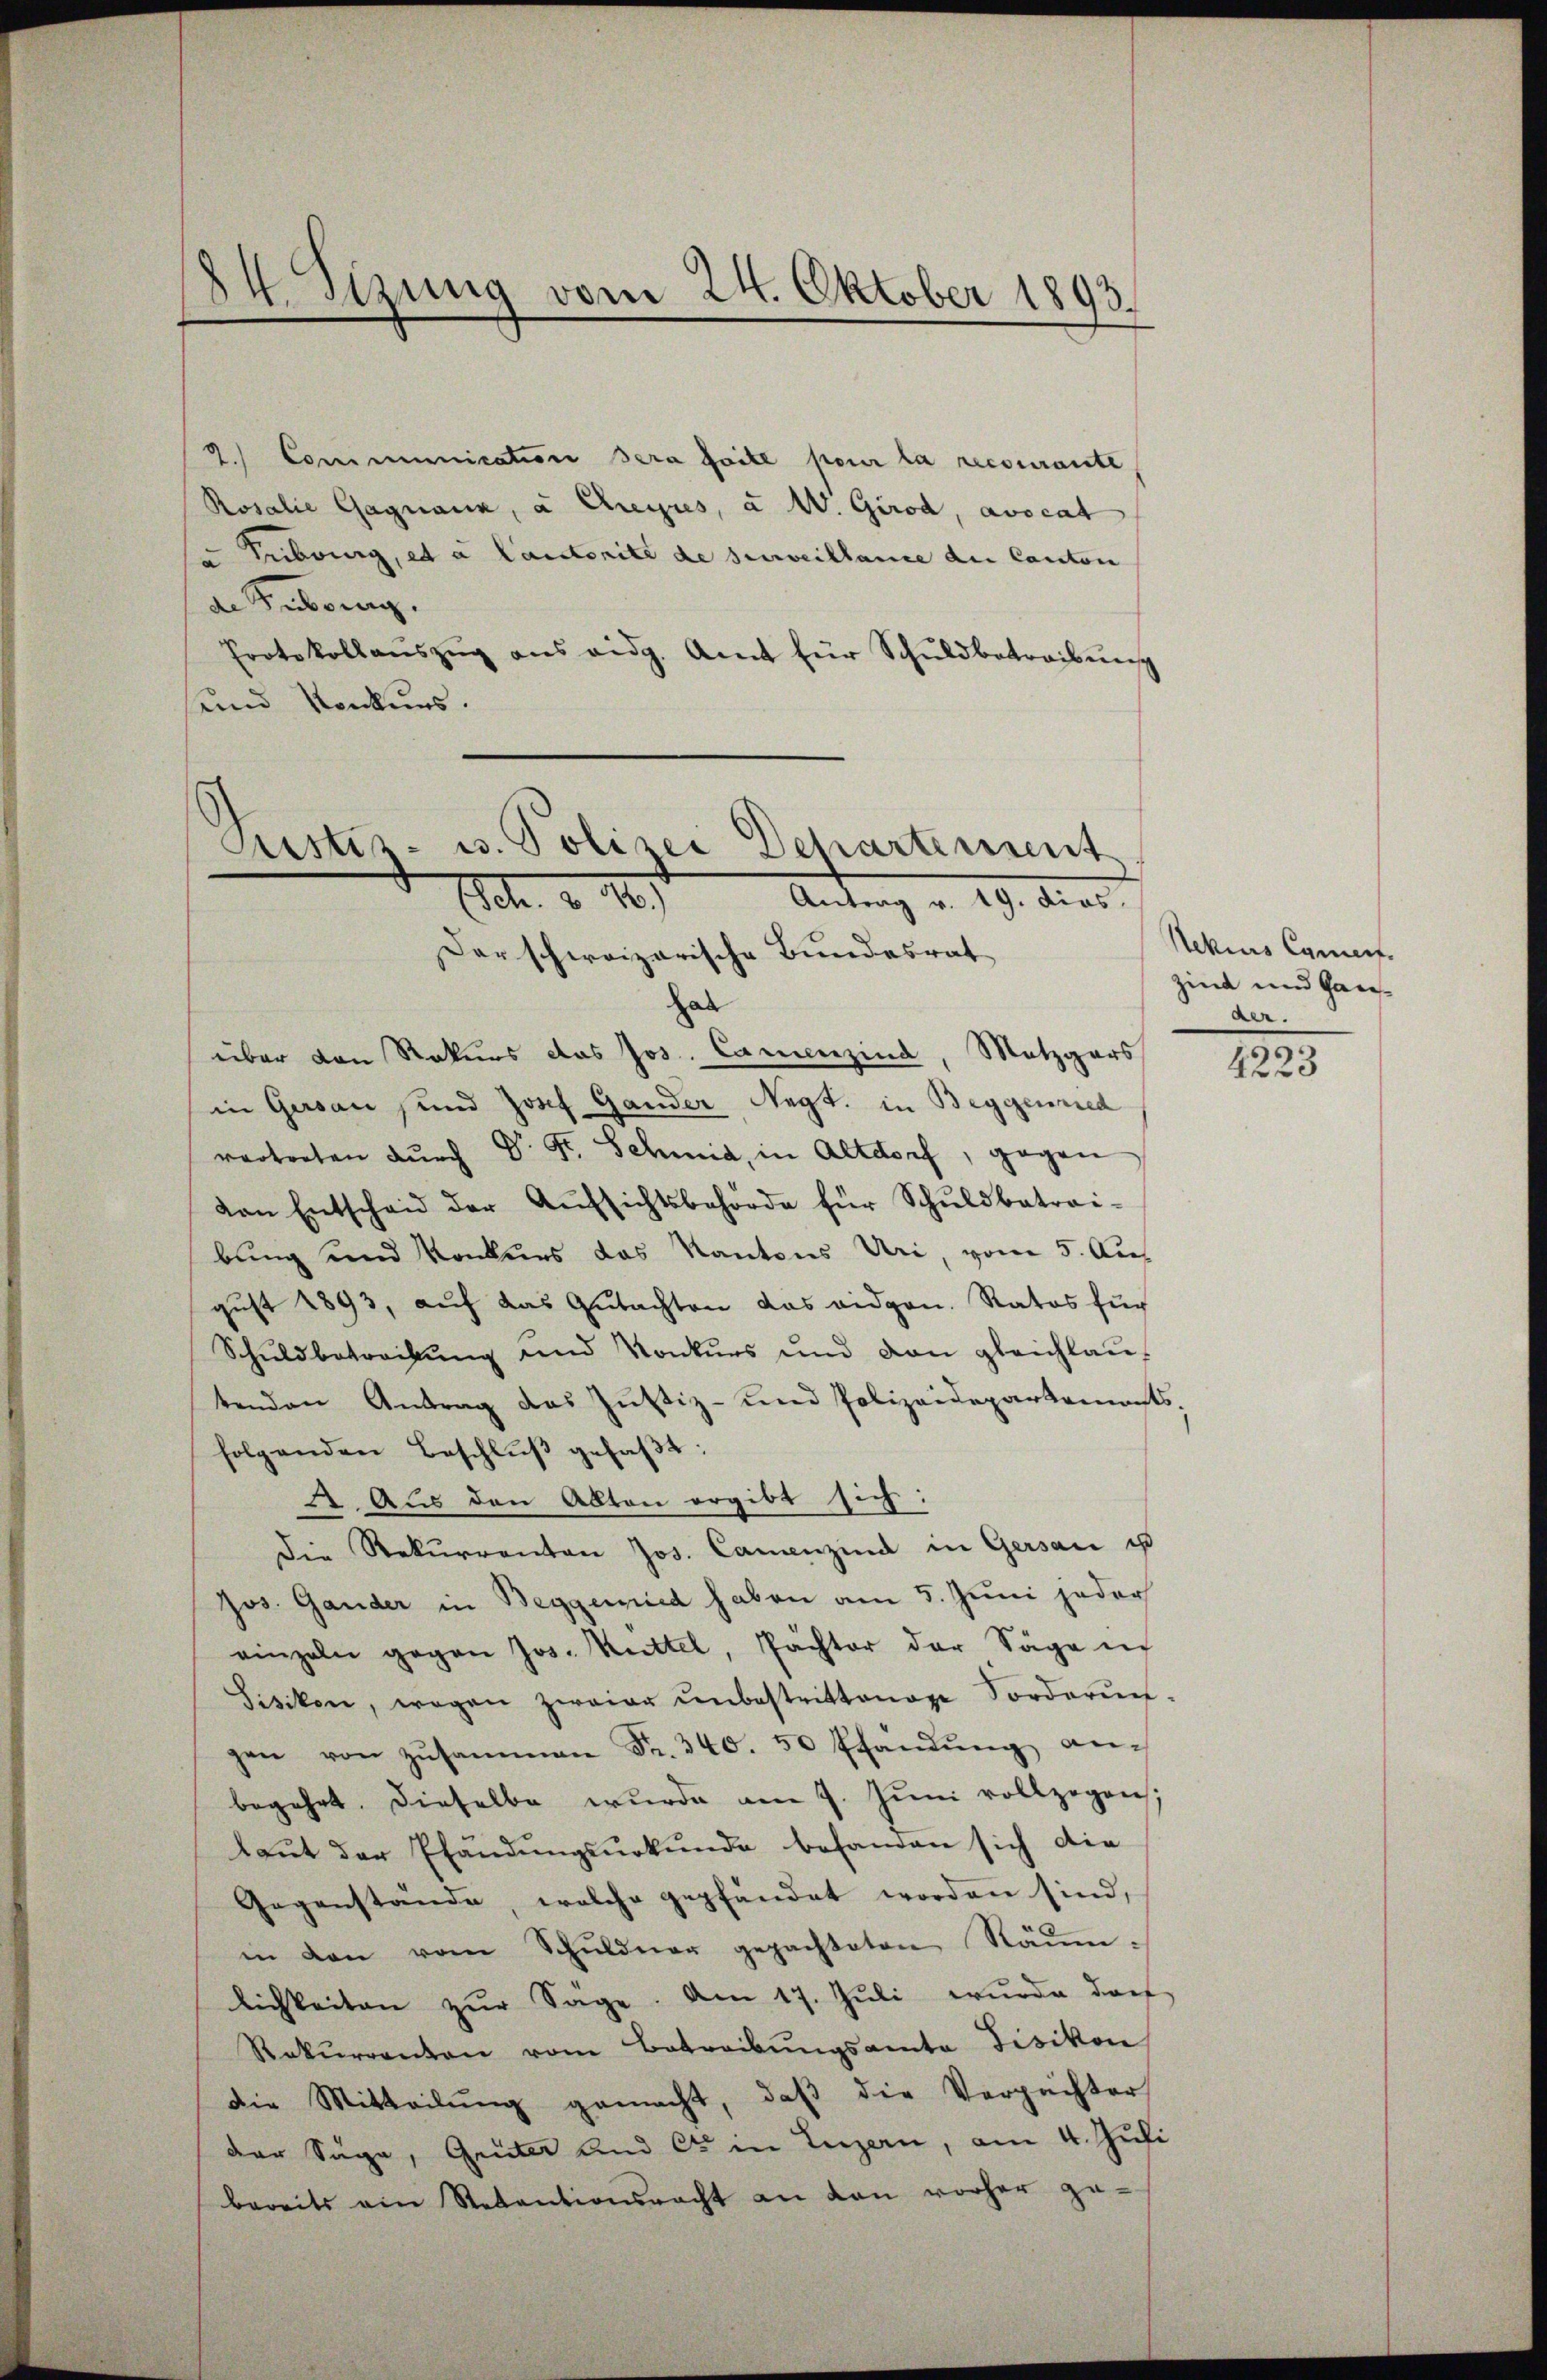
14. Sizung vom 24. Oktober 1893.

2.) Communication sera faite pour la recourante
Rosalie Gagnaux, à Creyres, à W. Girod, avocat
"Pubourg, et à lautorité de surveillance die Canton
de Suborg
Protokollaŭszŭg ans eidg. Amt für Schŭldbetreibŭng
und Konkurs.

Justiz- u. Polizei Departement
Act. v. 181
Antrag v. 19. dies

Der schweizerische Bundesrat
hab
über den Rekurs das Jos. Cammenzind, Metzgars
in Gersau sind Josef Gander Negt. in Beggenried
vertreten dŭrch Dr. Fr. Schmid, in Altdorf, gegen
von Entscheid der Aŭfsichtsbehörde für Schŭldbetrai-
bung und Konkurs das Kantons Uri, vom 5. Au
gust 1893, auf das Gutachten das eidgen. Ratos für
Schuldbetreibung und Konkurs und von gleichlaŭ-
tenden Antrag das Justiz- und Polizeidepartements-
folgenden Beschlŭβ gefaβt:
2. Aus den Alten ergibt sich:
Die Rekŭrrenten Jos. Camenzind in Gersau us
Jos. Gander in Beggemied haben am 5. Juni jeder
einzeln gegen Jos. Kettel, Pächter der Säge in
Sisikon, wegen zweier ŭnbestrittenen Forderŭn-
gen von zŭsammen Fr. 340. 50 Pfandŭng an
begehrt. Dieselbe wurde am 7. Jŭni vollzogen;
laut der Pfändungsurkunde befanden sich die
Gegenstande, welche gepfändet worden sind,
in den vom Schuldner gepachteten Räumlichkeiten zŭr Säge. Am 17. Jŭli wurde darf
Rekŭrrenten vom Betreibŭngsamta Fisikon
die Mitteilŭng gemacht, daβ die Verpächter
der Säge, Giiter und es in Luzern, am 4. Juli
bereits ein Retentionsracht an den vorher ge-

Nekius Coment.
zind und Gan
der.

1225